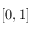
[ 0 , 1 ]